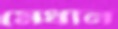
মেধান